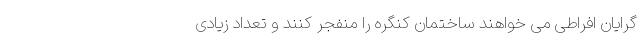
گرایان افراطی می خواهند ساختمان کنگره را منفجر کنند و تعداد زیادی